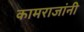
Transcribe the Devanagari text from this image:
कामराजांनी